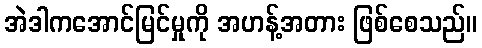
အဲဒါကအောင်မြင်မှုကို အဟန့်အတား ဖြစ်စေသည်။